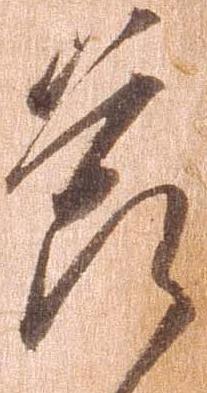
節